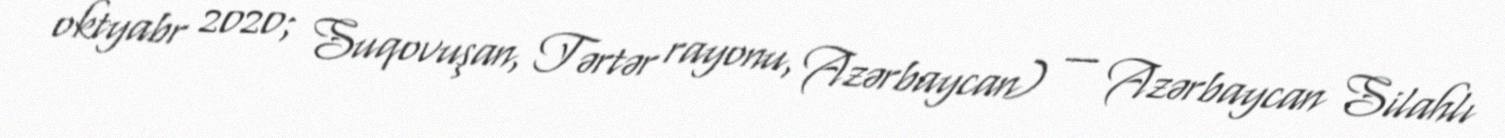
oktyabr 2020; Suqovuşan, Tərtər rayonu, Azərbaycan) — Azərbaycan Silahlı